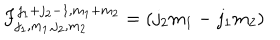
F _ { j _ { 1 } , m _ { 1 } , j _ { 2 } , m _ { 2 } } ^ { j _ { 1 } + j _ { 2 } - 1 , m _ { 1 } + m _ { 2 } } = ( j _ { 2 } m _ { 1 } - j _ { 1 } m _ { 2 } )